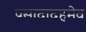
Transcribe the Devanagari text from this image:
प्रसादादहमेव